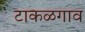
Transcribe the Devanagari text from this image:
टाकळगाव